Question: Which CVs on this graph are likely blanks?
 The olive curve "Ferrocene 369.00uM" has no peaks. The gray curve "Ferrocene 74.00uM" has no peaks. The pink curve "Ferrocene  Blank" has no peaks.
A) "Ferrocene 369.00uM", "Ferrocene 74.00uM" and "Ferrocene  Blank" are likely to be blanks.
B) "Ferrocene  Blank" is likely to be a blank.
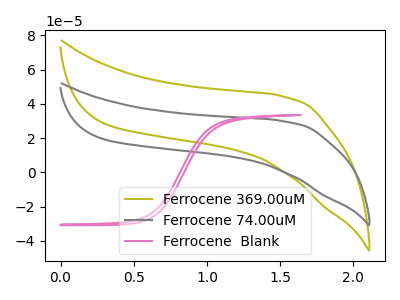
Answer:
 <answer>A) "Ferrocene 369.00uM", "Ferrocene 74.00uM" and "Ferrocene  Blank" are likely to be blanks.</answer>
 <eval>A</eval>